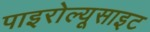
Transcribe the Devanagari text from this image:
पाइरोल्यूसाइट